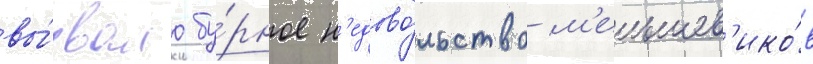
вы́звало бу́рное н'едово́льство м'еньшев'ико́в